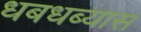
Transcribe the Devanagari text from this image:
धबधब्यास